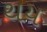
થય